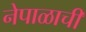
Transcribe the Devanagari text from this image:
नेपाळाची